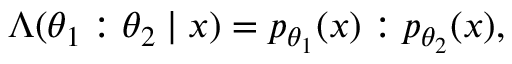
\Lambda ( \theta _ { 1 } : \theta _ { 2 } \mid x ) = p _ { \theta _ { 1 } } ( x ) : p _ { \theta _ { 2 } } ( x ) ,